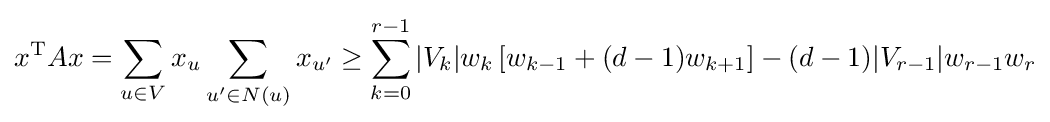
x^{\text{T}}Ax=\sum _{u\in V}x_{u}\sum _{u'\in N(u)}x_{u'}\geq \sum _{k=0}^{r-1}|V_{k}|w_{k}\left[w_{k-1}+(d-1)w_{k+1}\right]-(d-1)|V_{r-1}|w_{r-1}w_{r}